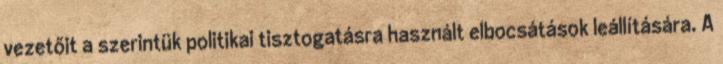
vezetőit a szerintük politikai tisztogatásra használt elbocsátások leállítására. A